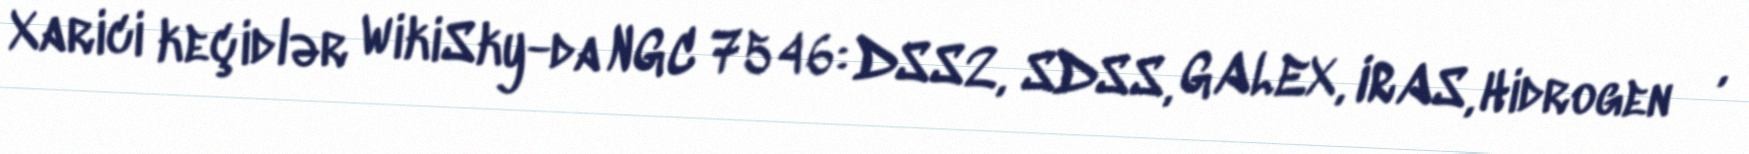
Xarici keçidlər WikiSky-da NGC 7546: DSS2, SDSS, GALEX, IRAS, Hidrogen α,